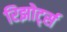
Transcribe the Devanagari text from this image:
रिझोर्ट्स